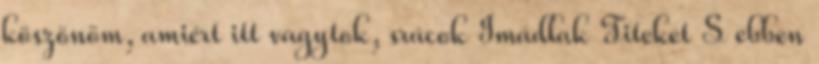
köszönöm, amiért itt vagytok, srácok Imádlak Titeket S ebben